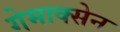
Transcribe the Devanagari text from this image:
गेमाक्सेन